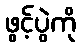
ဖွင့်ပွဲကို